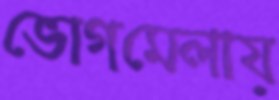
ভোগমেলায়